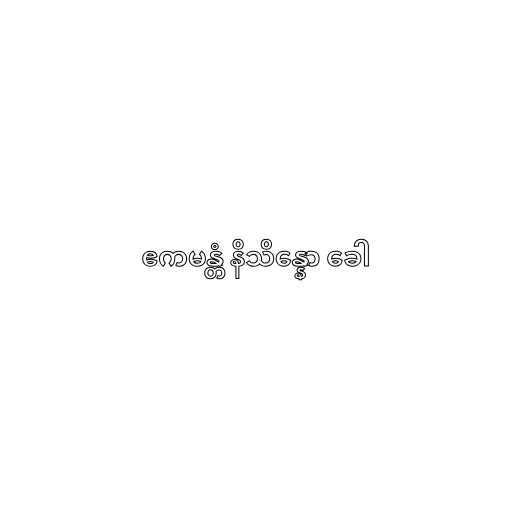
ဧကမန္တံ နိသိန္နော ခေါ